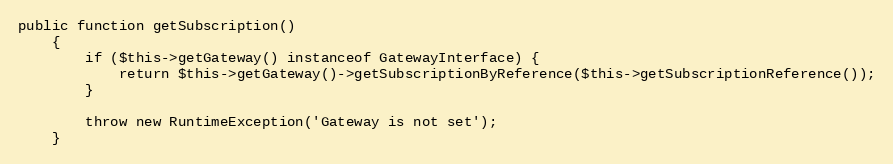
Language: PHP
public function getSubscription()
    {
        if ($this->getGateway() instanceof GatewayInterface) {
            return $this->getGateway()->getSubscriptionByReference($this->getSubscriptionReference());
        }

        throw new RuntimeException('Gateway is not set');
    }